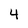
Character: 4